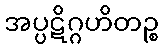
အပ္ပဋိဂ္ဂဟိတဉ္စ